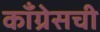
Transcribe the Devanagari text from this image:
कॉँग्रेसची